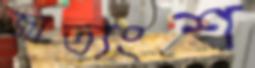
জাত্যংশ